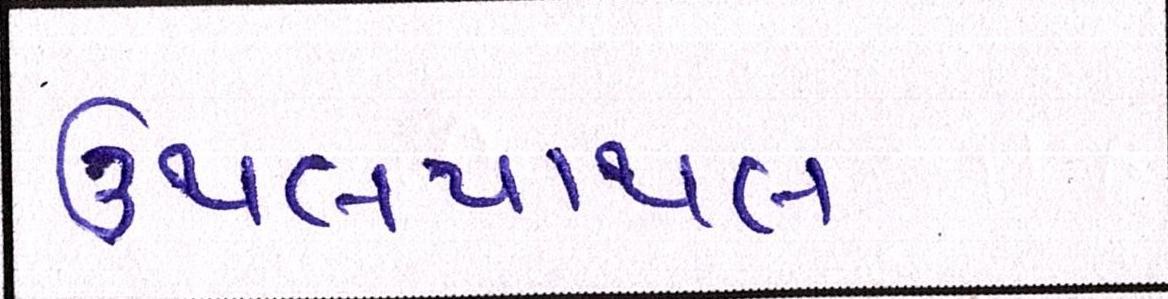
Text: ઉથલપાથલ